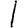
Digit: 1